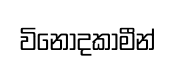
විනෝදකාමීන්